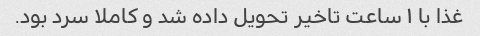
غذا با ۱ ساعت تاخیر تحویل داده شد و کاملا سرد بود.